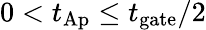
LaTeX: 0<t_{\mathrm{Ap}}\leq t_{\mathrm{gate}}/{2}